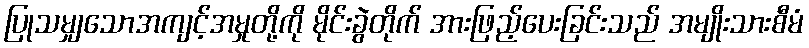
ပြုသမျှသောအကျင့်အမှုတို့ကို မိုင်းခွဲတိုက် အားဖြည့်ပေးခြင်းသည် အမျိုးသားစီမံ